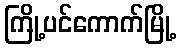
ကြို့ပင်ကောက်မြို့